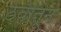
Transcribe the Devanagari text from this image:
ठेवीतून